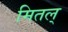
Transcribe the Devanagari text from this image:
मितल्